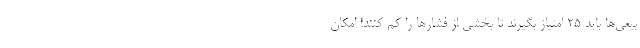
بیعی‌ها باید 25 امتیاز بگیرند تا بخشی از فشارها را کم کنند! امکان